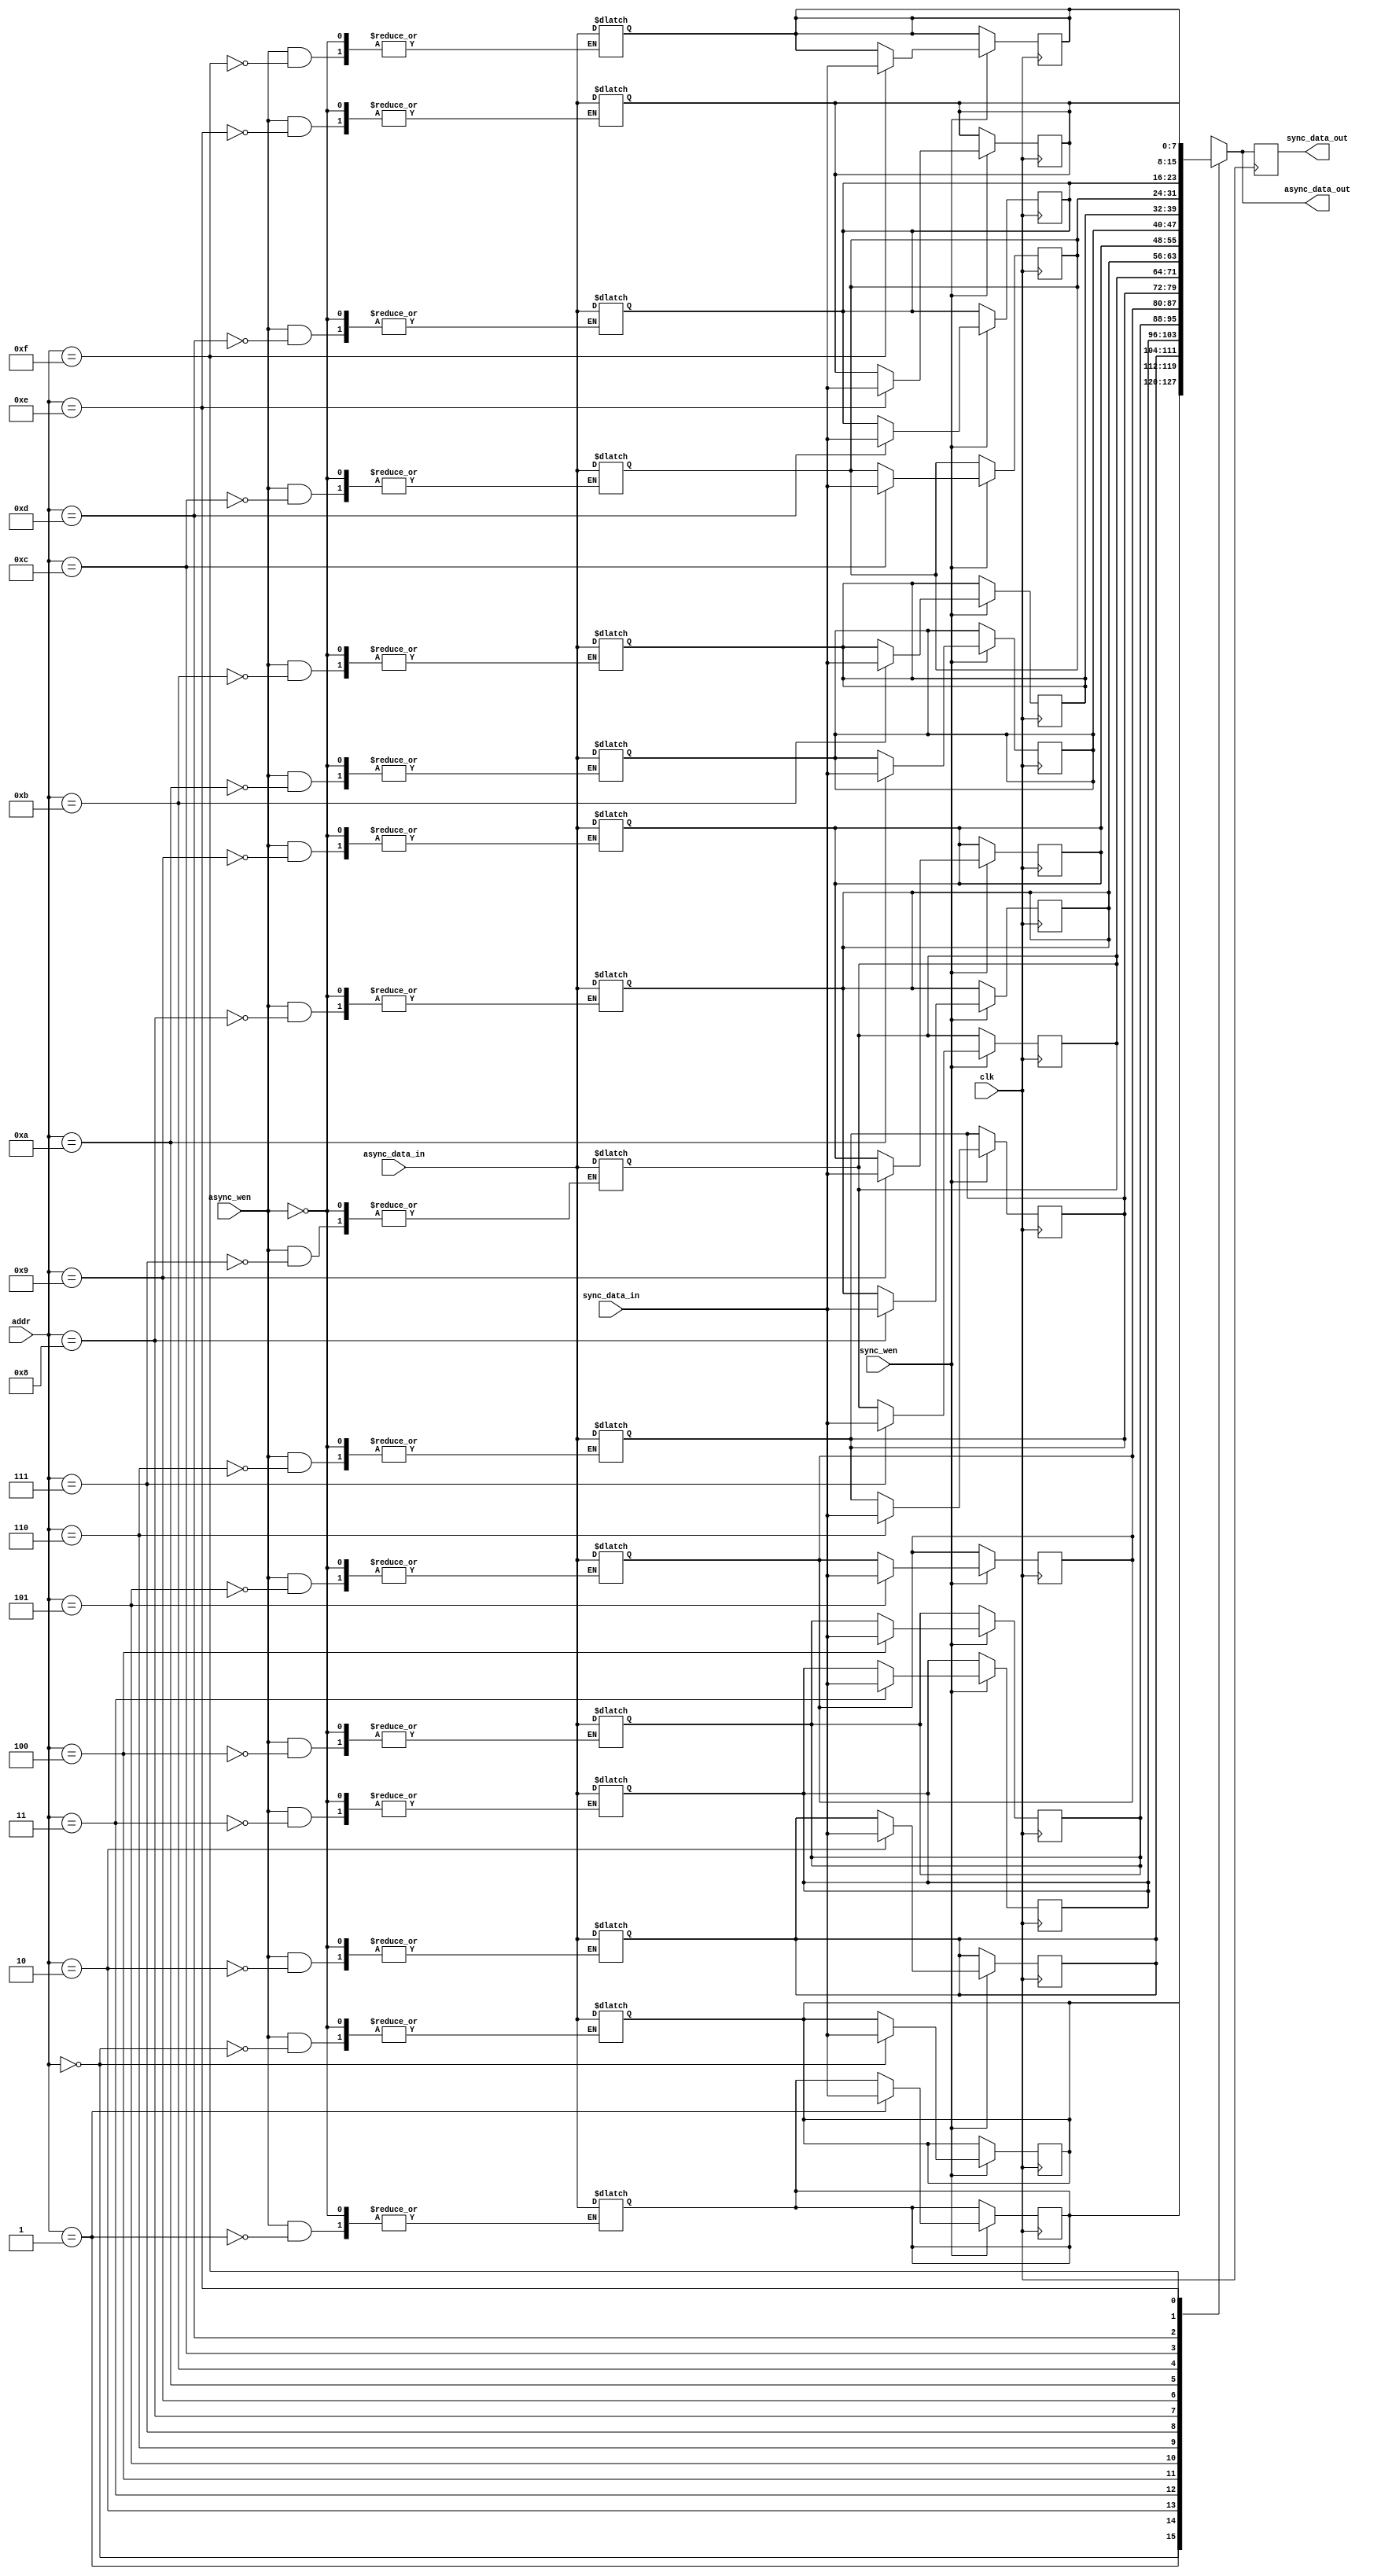
module dual_port_ram (
    input wire clk, 
    input wire async_wen,
    input wire [WIDTH-1:0] async_data_in,
    output wire [WIDTH-1:0] async_data_out,
    input wire [WIDTH-1:0] sync_data_in,
    input wire [ADDR_WIDTH-1:0] addr,
    input wire sync_wen,
    output wire [WIDTH-1:0] sync_data_out
);

parameter WIDTH = 8;
parameter ADDR_WIDTH = 4;
reg [WIDTH-1:0] ram [0:(1<<ADDR_WIDTH)-1];

// Synchronous port
always @(posedge clk) begin
    if (sync_wen) begin
        ram[addr] <= sync_data_in;
    end
    sync_data_out <= ram[addr];
end

// Asynchronous port
always @(*) begin
    if (async_wen) begin
        ram[addr] <= async_data_in;
    end
    async_data_out = ram[addr];
end

endmodule